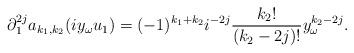
LaTeX: \begin{align*}\partial_1^{2 j} a_{k_1,k_2}(i y_\omega u_1)=(-1)^{k_1+k_2} i^{-2 j} \frac{k_2 !}{(k_2- 2 j)!} y_\omega^{k_2-2 j}. \end{align*}